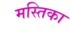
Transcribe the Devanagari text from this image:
मस्तिका